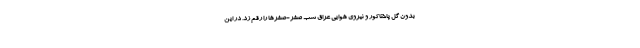
بدون گل پاختاکور و نیروی هوایی عراق شب صفر-صفرها را رقم زد. در این